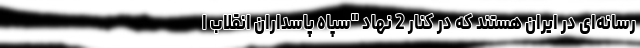
رسانه‌ای در ایران هستند که در کنار 2 نهاد "سپاه پاسداران انقلاب ا